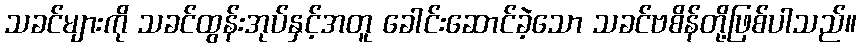
သခင်များကို သခင်ထွန်းအုပ်နှင့်အတူ ခေါင်းဆောင်ခဲ့သော သခင်ဗစိန်တို့ဖြစ်ပါသည်။